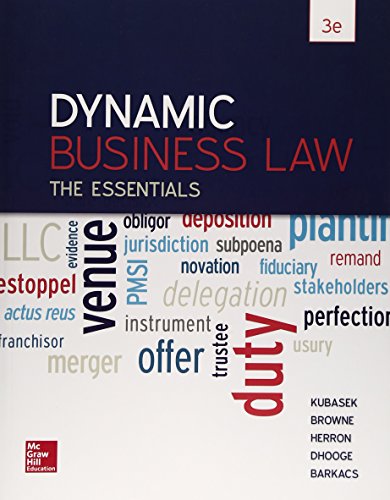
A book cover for Dynamic Business Law: The Essentials, 3dr Edition; Nancy Kubasek; Law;